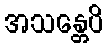
အသန္တေပိ